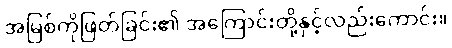
အမြစ်ကိုဖြတ်ခြင်း၏ အကြောင်းတို့နှင့်လည်းကောင်း။